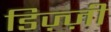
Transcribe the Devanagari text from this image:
डिज़्ज़ी